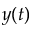
y ( t )